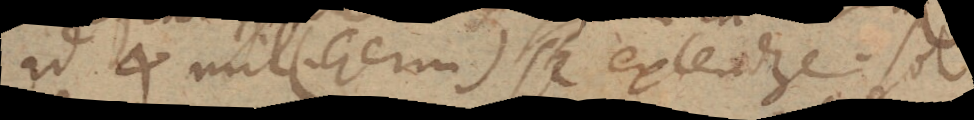
ad 4 mil. (Germ.) se extendere. Sol